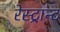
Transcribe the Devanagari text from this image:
रेस्ट्रान्ट